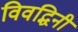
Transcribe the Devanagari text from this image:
विवद्धिनी